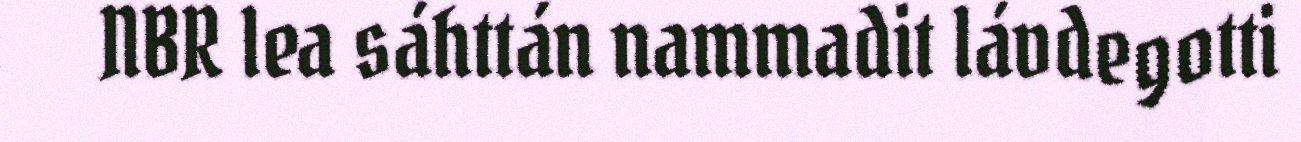
NBR lea sáhttán nammadit lávdegotti